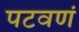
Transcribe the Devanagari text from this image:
पटवणं